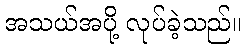
အသယ်အပို့ လုပ်ခဲ့သည်။